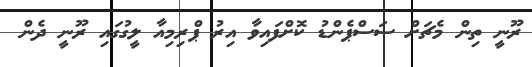
ރޫނީ ތިން މެޗަށް ސަސްޕެންޑު ކޮށްފައިވާ އިރު ޕްރިމިއާ ލީގުގައި ރޫނީ ދެން